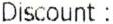
DISCOUNT :